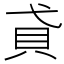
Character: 貣